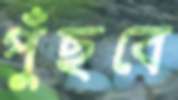
পুঁছবে